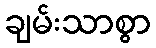
ချမ်းသာစွာ